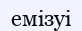
емізуі